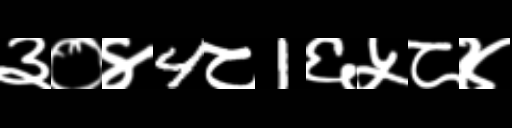
Text: ३०४4८1६५८४